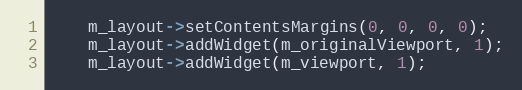
Language: C++
	m_layout->setContentsMargins(0, 0, 0, 0);
	m_layout->addWidget(m_originalViewport, 1);
	m_layout->addWidget(m_viewport, 1);